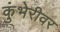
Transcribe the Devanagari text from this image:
कुंभेरीवर